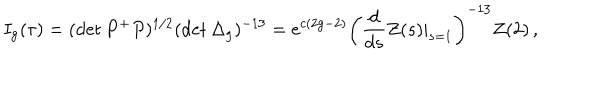
I _ { \mathrm { g } } ( \tau ) = ( \det P ^ { + } P ) ^ { 1 / 2 } ( \det \Delta _ { \mathrm { g } } ) ^ { - 1 3 } = e ^ { c ( 2 \mathrm { g } - 2 ) } \left( \frac { d } { d s } Z ( s ) | _ { s = 1 } \right) ^ { - 1 3 } Z ( 2 ) \, ,